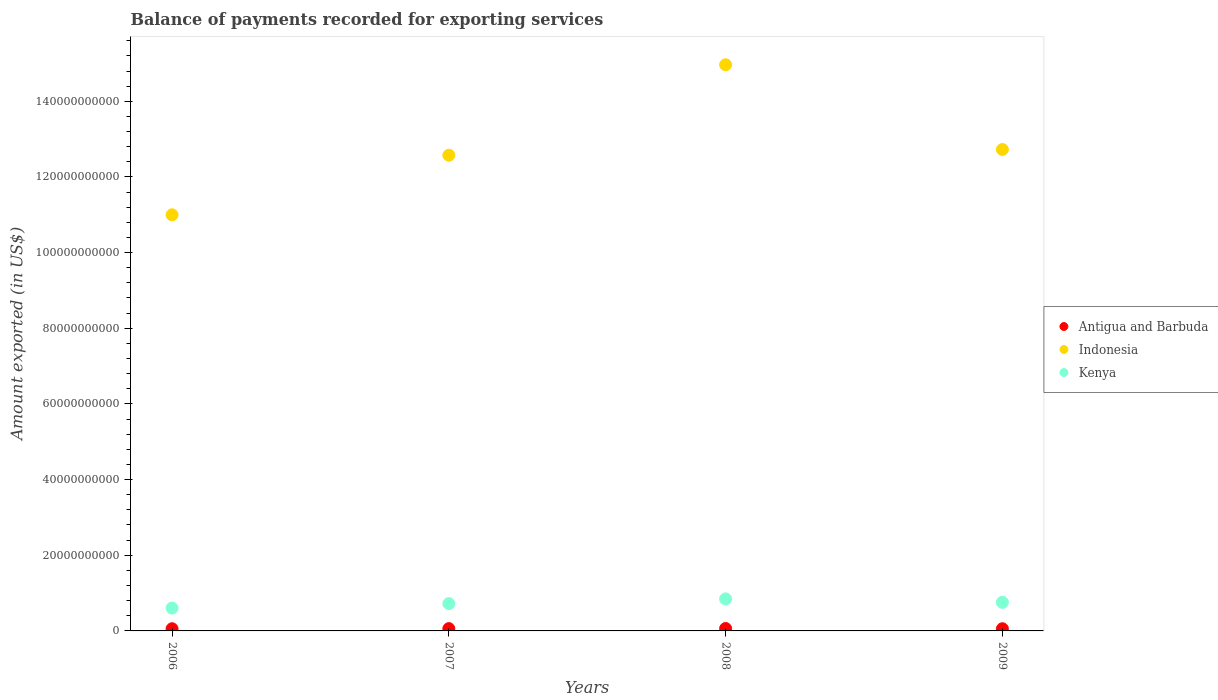
| Years | Antigua and Barbuda | Indonesia | Kenya |
 | --- | --- | --- | --- |
 | 2006 | 5.75e+08 | 1.1e+11 | 6.05e+09 |
 | 2007 | 6.07e+08 | 1.26e+11 | 7.22e+09 |
 | 2008 | 6.41e+08 | 1.5e+11 | 8.47e+09 |
 | 2009 | 5.75e+08 | 1.27e+11 | 7.57e+09 |